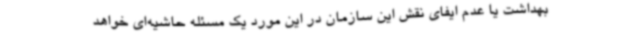
بهداشت یا عدم ایفای نقش این سازمان در این مورد یک مسئله حاشیه‌ای خواهد